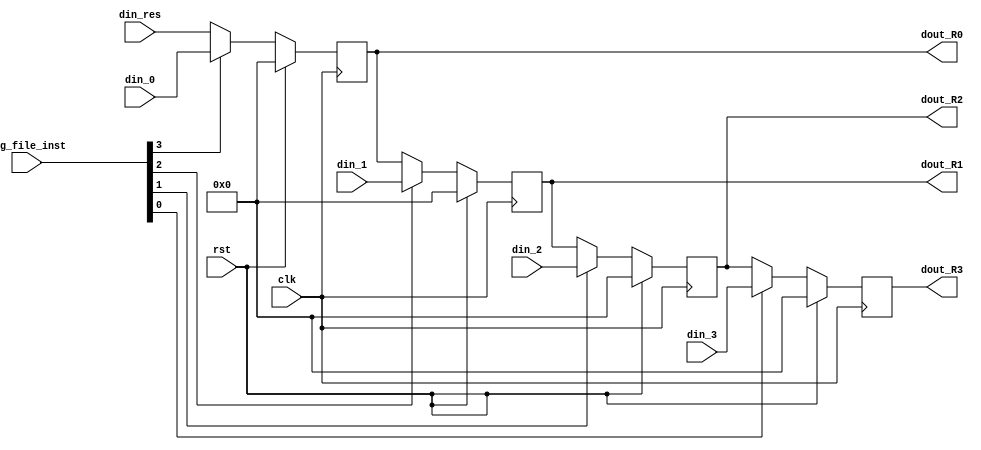
`timescale 1ns / 1ps
//////////////////////////////////////////////////////////////////////////////////
// Company: 
// Engineer: 
// 
// Design Name: 
// Module Name: reg_file
// Project Name: 
// Target Devices: 
// Tool Versions: 
// Description: 
// 
// Dependencies: 
// 
// Revision:
// Revision 0.01 - File Created
// Additional Comments:
// 
//////////////////////////////////////////////////////////////////////////////////


module reg_file(
    input   rst,
    input   clk,
    input   [31:0]  din_res,
    input   [31:0]  din_0,
    input   [31:0]  din_1,
    input   [31:0]  din_2,
    input   [31:0]  din_3,
    (* DONT_TOUCH = "1" *)     input   [3:0]   reg_file_inst,

    output  [31:0]  dout_R0,
    output  [31:0]  dout_R1,
    output  [31:0]  dout_R2,
    output  [31:0]  dout_R3
    );

    wire    R0_sel,R1_sel,R2_sel,R3_sel;
    assign  {
        R0_sel, //3:3
        R1_sel, //2:2
        R2_sel, //1:1
        R3_sel  //0:0
    }   = reg_file_inst;
    
    reg [31:0]  R0;
    reg [31:0]  R1;
    reg [31:0]  R2;
    reg [31:0]  R3;

    wire [31:0]  R0_in;
    wire [31:0]  R1_in;
    wire [31:0]  R2_in;
    wire [31:0]  R3_in;

    assign  R0_in   = R0_sel ? din_0 : din_res ;
    assign  R1_in   = R1_sel ? din_1 : R0      ;
    assign  R2_in   = R2_sel ? din_2 : R1      ;
    assign  R3_in   = R3_sel ? din_3 : R2      ;
    
// mux  0  1
    always @(posedge clk ) begin
        if(rst) begin
            R0 <=  'b0   ;//mux 0 1
            R1 <=  'b0   ; 
            R2 <=  'b0   ;
            R3 <=  'b0   ;         
        end
        else begin
            R0 <=  R0_in   ;//mux 0 1
            R1 <=  R1_in   ; 
            R2 <=  R2_in   ;
            R3 <=  R3_in   ; 
        end
    end

    assign  dout_R0 = R0 ;
    assign  dout_R1 = R1 ;
    assign  dout_R2 = R2 ;
    assign  dout_R3 = R3 ;

 endmodule